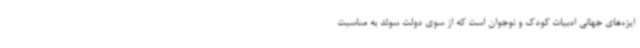
ایزه‌های جهانی ادبیات کودک و نوجوان است که از سوی دولت سوئد به مناسبت